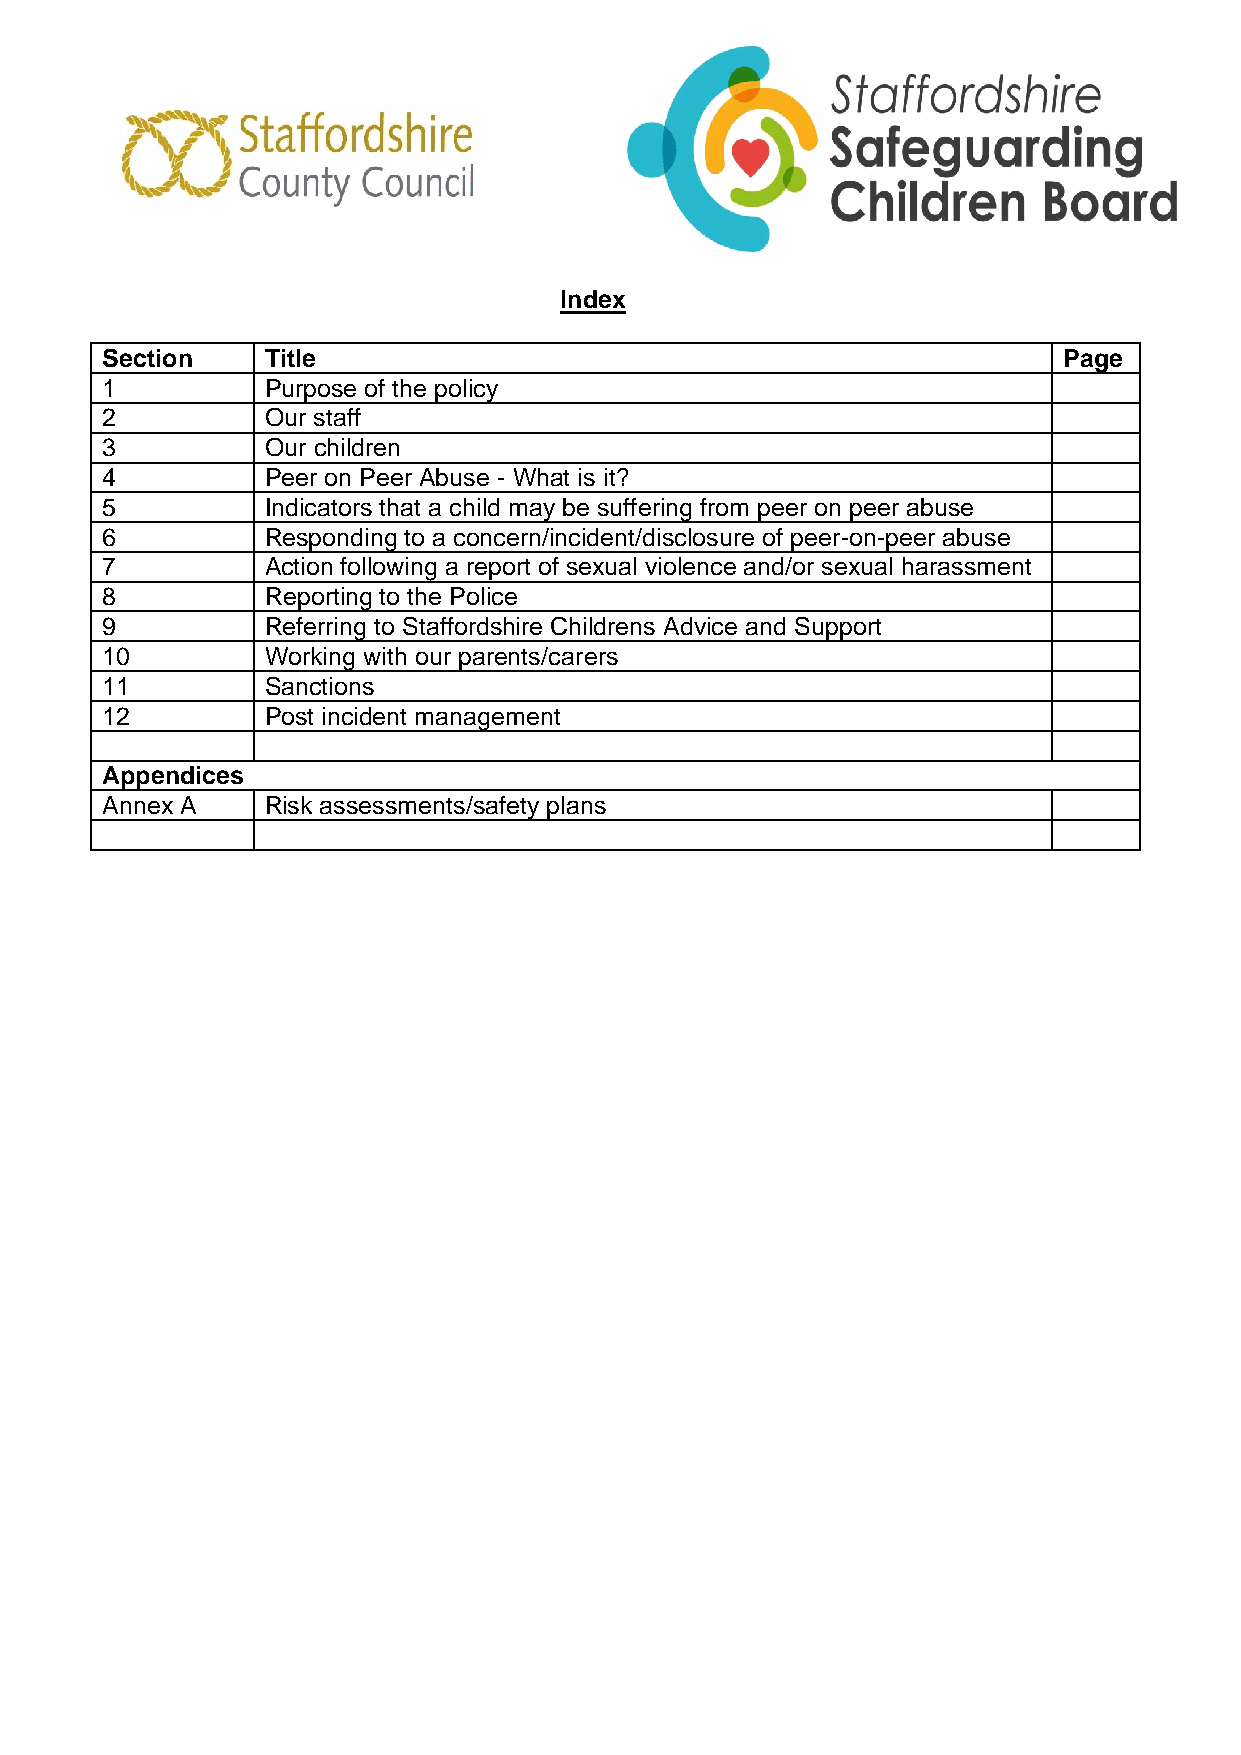
Index
 Section    Title                                               Page
 1          Purpose of the policy
 2          Our staff
 3          Our children
 4          Peer on Peer Abuse - What is it?
 5          Indicators that a child may be suffering from peer on peer abuse
 6          Responding to a concern/incident/disclosure of peer-on-peer abuse
 7          Action following a report of sexual violence and/or sexual harassment
 8          Reporting to the Police
 9          Referring to Staffordshire Childrens Advice and Support
 10         Working with our parents/carers
 11         Sanctions
 12         Post incident management
 Appendices
 Annex A    Risk assessments/safety plans